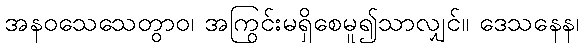
အနဝသေသေတွာဝ၊ အကြွင်းမရှိစေမူ၍သာလျှင်။ ဒေသနေန၊